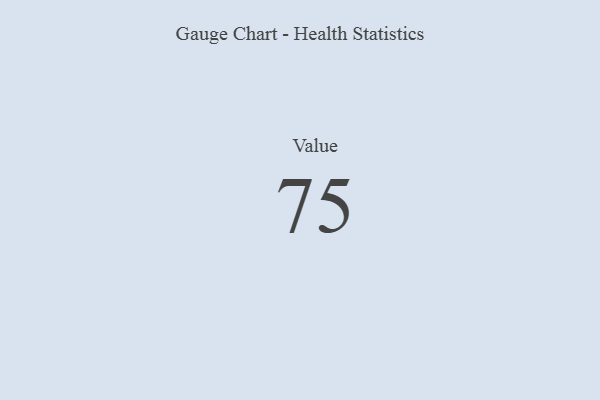
{"axis": {"x": "Metric", "y": "Value"}, "legend": [""], "data": [{"x": "Value", "y": 75, "type": ""}]}